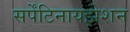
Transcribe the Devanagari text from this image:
सर्पेंटिनायझेशन